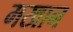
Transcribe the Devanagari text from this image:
मखान